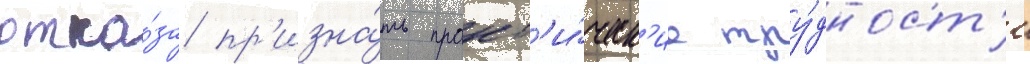
отка́за пр'изна́ть практ'и́ческ'ие тру́дност'и